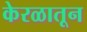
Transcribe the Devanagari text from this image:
केरळातून